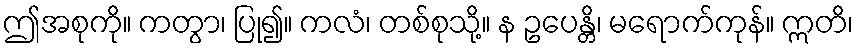
ဤအစုကို။ ကတွာ၊ ပြု၍။ ကလံ၊ တစ်စုသို့။ န ဥပေန္တိ၊ မရောက်ကုန်။ ဣတိ၊